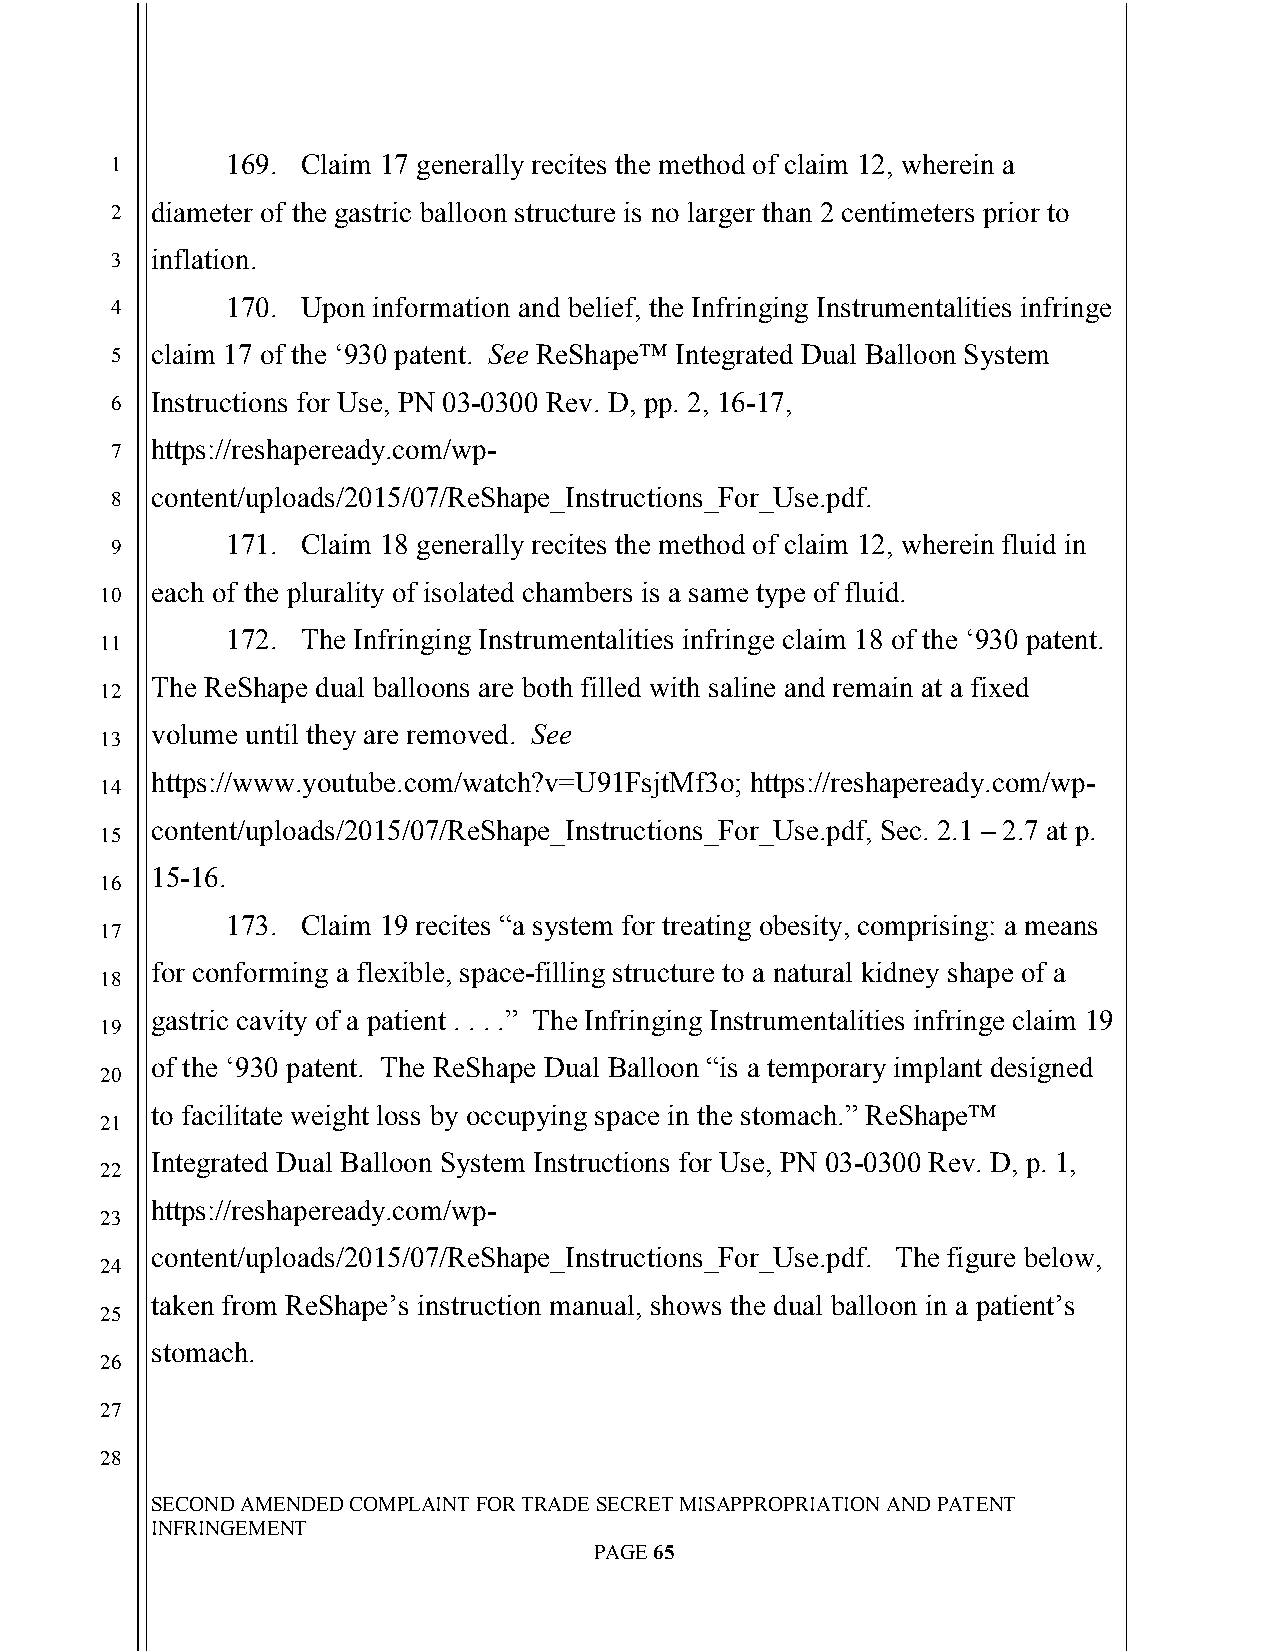
`
 1       169. Claim 17 generally recites the method of claim 12, wherein a
 2  diameter of the gastric balloon structure is no larger than 2 centimeters prior to
 3  inflation.
 4       170. Upon information and belief, the Infringing Instrumentalities infringe
 5  claim 17 of the ‘930 patent. See ReShape™ Integrated Dual Balloon System
 6  Instructions for Use, PN 03-0300 Rev. D, pp. 2, 16-17,
 7  https://reshapeready.com/wp-
 8  content/uploads/2015/07/ReShape_Instructions_For_Use.pdf.
 171. Claim 18 generally recites the method of claim 12, wherein fluid in
 9
 each of the plurality of isolated chambers is a same type of fluid.
 10
 172. The Infringing Instrumentalities infringe claim 18 of the ‘930 patent.
 11
 The ReShape dual balloons are both filled with saline and remain at a fixed
 12
 volume until they are removed. See
 13
 https://www.youtube.com/watch?v=U91FsjtMf3o; https://reshapeready.com/wp-
 14
 content/uploads/2015/07/ReShape_Instructions_For_Use.pdf, Sec. 2.1 – 2.7 at p.
 15
 15-16.
 16
 173. Claim 19 recites “a system for treating obesity, comprising: a means
 17
 for conforming a flexible, space-filling structure to a natural kidney shape of a
 18
 gastric cavity of a patient . . . .” The Infringing Instrumentalities infringe claim 19
 19
 of the ‘930 patent. The ReShape Dual Balloon “is a temporary implant designed
 20
 to facilitate weight loss by occupying space in the stomach.” ReShape™
 21
 Integrated Dual Balloon System Instructions for Use, PN 03-0300 Rev. D, p. 1,
 22
 https://reshapeready.com/wp-
 23
 content/uploads/2015/07/ReShape_Instructions_For_Use.pdf. The figure below,
 24
 taken from ReShape’s instruction manual, shows the dual balloon in a patient’s
 25
 stomach.
 26
 27
 28
 SECOND AMENDED COMPLAINT FOR TRADE SECRET MISAPPROPRIATION AND PATENT
 INFRINGEMENT
 PAGE 65